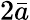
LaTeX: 2\bar{a}